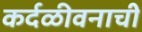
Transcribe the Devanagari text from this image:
कर्दळीवनाची